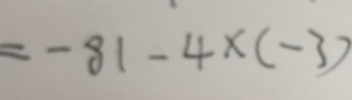
= - 8 1 - 4 \times ( - 3 )